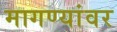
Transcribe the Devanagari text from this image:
मागण्यांवर